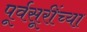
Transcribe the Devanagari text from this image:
पूर्वसूरींच्या